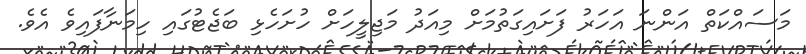
މަސައްކަތް އަންނަ އަހަރު ފަށައިގަތުމަށް މިއަދު މަޖިލީހަށް ހުށަހެޅި ބަޖެޓުގައި ހިމަނާފައިވެ އެވެ.